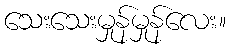
သေးသေးမှုန်မှုန်လေး။